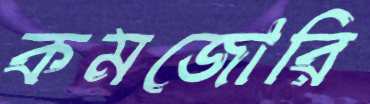
কমজোরি